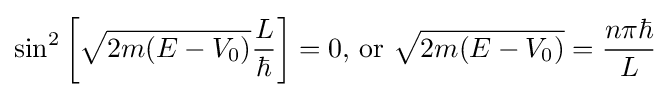
\sin ^{2}\left[{\sqrt {2m(E-V_{0})}}{\frac {L}{\hbar }}\right]=0{\text{, or }}{\sqrt {2m(E-V_{0})}}={\frac {n\pi \hbar }{L}}